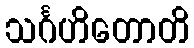
သင်္ဂဟိတောတိ